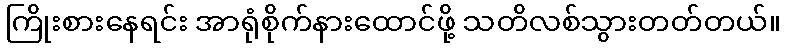
ကြိုးစားနေရင်း အာရုံစိုက်နားထောင်ဖို့ သတိလစ်သွားတတ်တယ်။